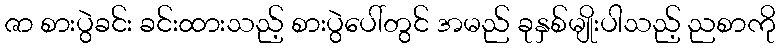
ဇာ စားပွဲခင်း ခင်းထားသည့် စားပွဲပေါ်တွင် အမည် ခုနှစ်မျိုးပါသည့် ညစာကို